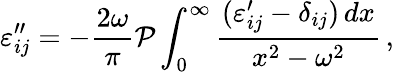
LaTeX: \varepsilon_{ij}^{\prime\prime}=-{\frac{2\omega}{\pi}}{\cal P}\int_{0}^{\infty}{\frac{(\varepsilon_{ij}^{\prime}-\delta_{ij})\, dx}{x^{2}-\omega^{2}}}\, ,